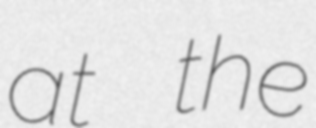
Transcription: at the